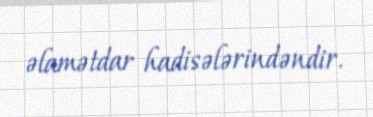
əlamətdar hadisələrindəndir.